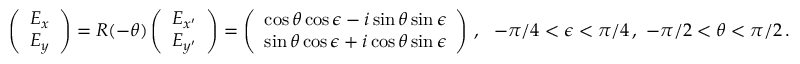
\left( \begin{array} { l } { E _ { x } } \\ { E _ { y } } \end{array} \right) = R ( - \theta ) \left( \begin{array} { l } { E _ { x ^ { \prime } } } \\ { E _ { y ^ { \prime } } } \end{array} \right) = \left( \begin{array} { l } { \cos \theta \cos \epsilon - i \sin \theta \sin \epsilon } \\ { \sin \theta \cos \epsilon + i \cos \theta \sin \epsilon } \end{array} \right) \, , ~ ~ - \pi / 4 < \epsilon < \pi / 4 \, , ~ - \pi / 2 < \theta < \pi / 2 \, .